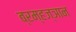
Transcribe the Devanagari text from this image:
ब्रम्हज्ञान